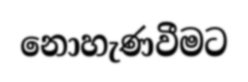
නොහැණවීමට